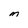
Character: M